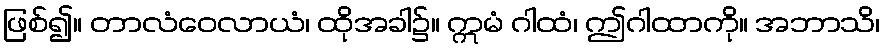
ဖြစ်၍။ တာလံဝေလာယံ၊ ထိုအခါ၌။ ဣမံ ဂါထံ၊ ဤဂါထာကို။ အဘာသိ၊